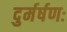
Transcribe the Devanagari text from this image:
दुर्मर्षणः